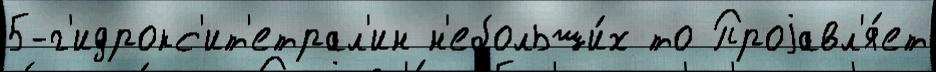
5-г'идрокс'ит'етрал'ин н'ебольши́х то Проjавл'я́ет